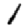
Digit: 1